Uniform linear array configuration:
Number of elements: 48
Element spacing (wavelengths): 0.75
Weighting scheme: uniform
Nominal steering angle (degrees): -45
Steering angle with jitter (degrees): -45.993
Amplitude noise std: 0.05
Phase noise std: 0.05

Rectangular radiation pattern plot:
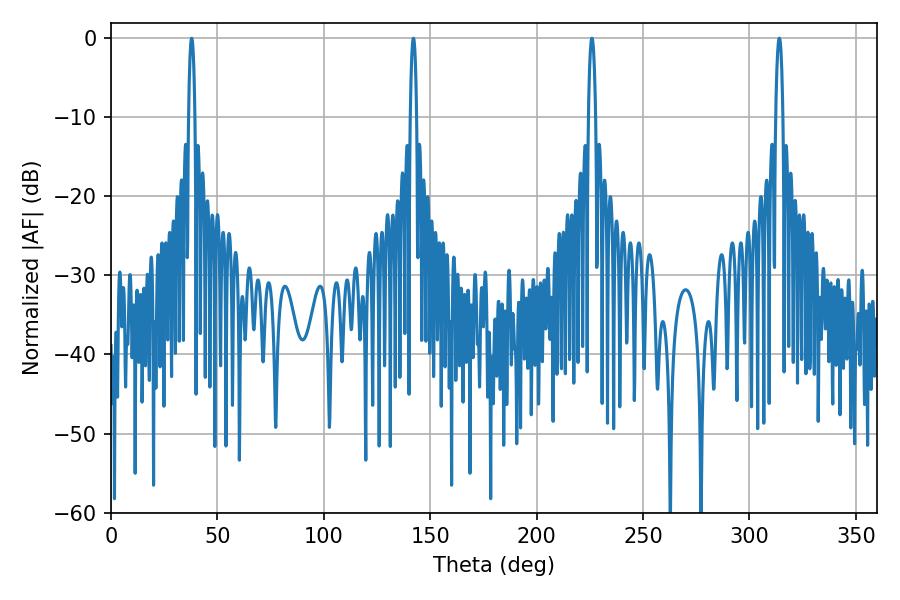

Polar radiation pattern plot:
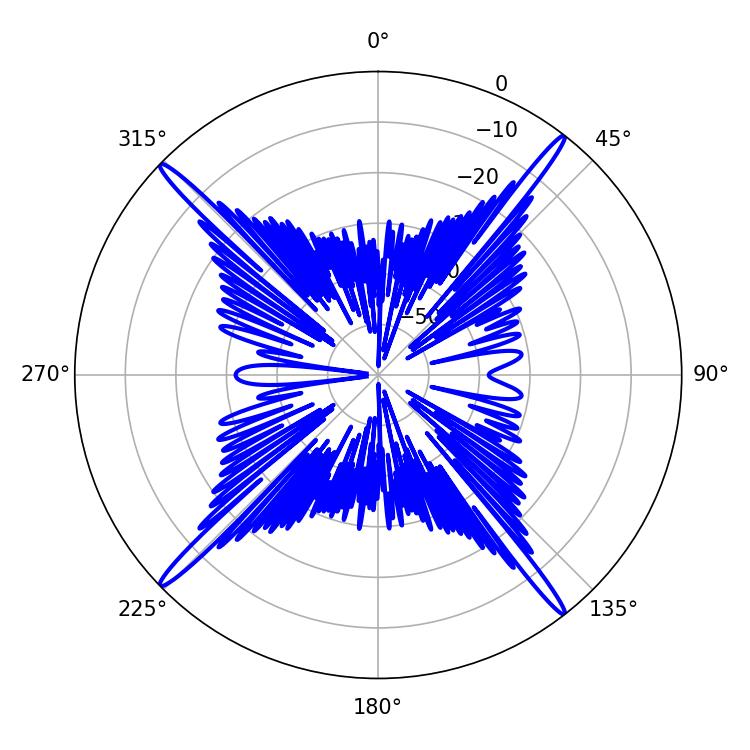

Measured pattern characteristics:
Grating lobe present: TRUE
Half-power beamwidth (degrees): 1.98
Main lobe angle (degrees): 225.9